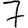
Digit: 7